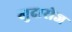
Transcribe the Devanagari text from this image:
खुदारोज